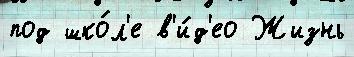
под шко́л'е в'и́д'ео Жизнь